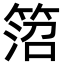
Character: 䈃